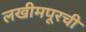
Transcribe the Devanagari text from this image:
लखीमपूरची